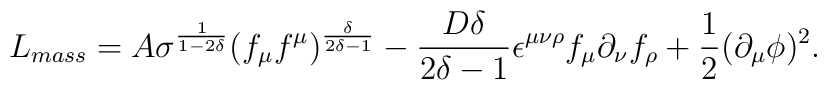
L_{mass}= A \sigma^{\frac{1}{1-2\delta }} (f_{\mu} f^{\mu})^{\frac{\delta }{2\delta -1}} -\frac{D \delta }{2\delta -1}\epsilon^{\mu \nu \rho } f_{\mu } \partial_{\nu } f_{\rho }+\frac{1}{2} (\partial_{\mu } \phi )^2.